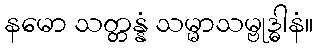
နမော သတ္တန္နံ သမ္မာသမ္ဗုဒ္ဓါနံ။